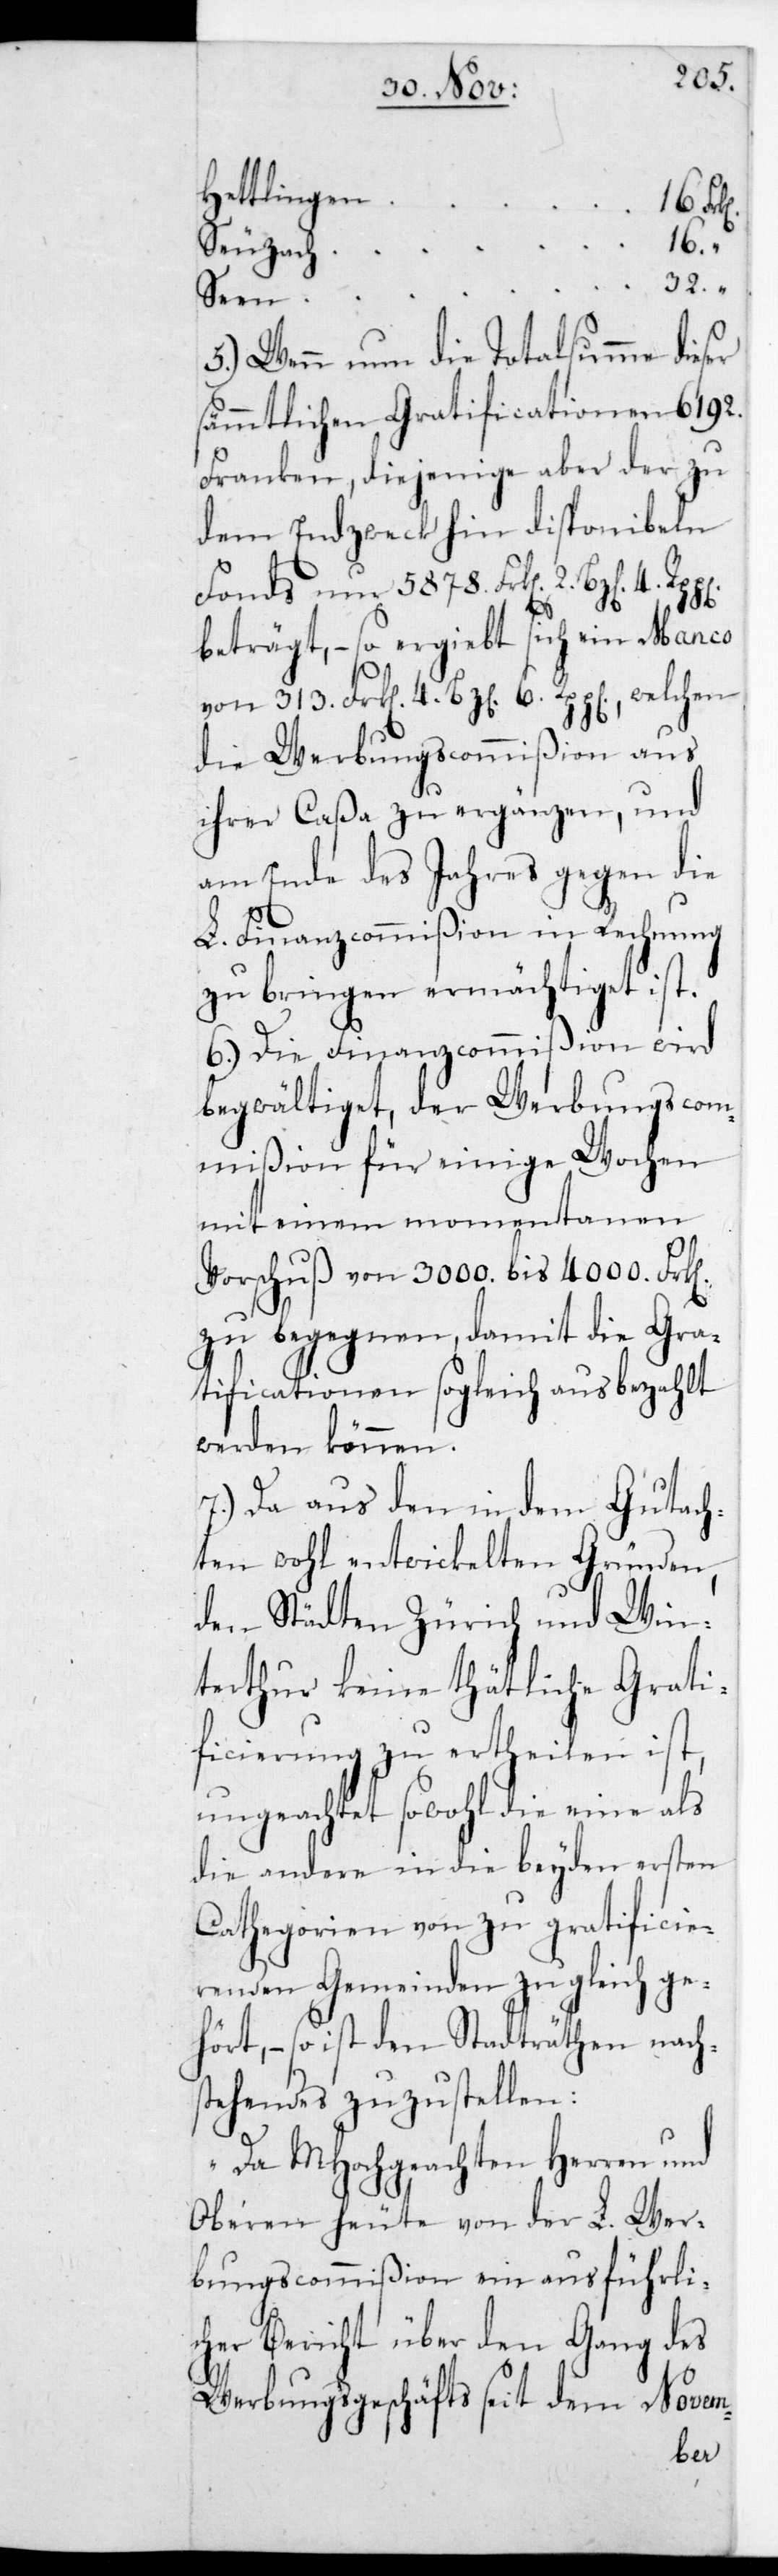
n]
Hettlingen
4.
6.
Seuzach
32.
Seen
5.) Wenn nun die Totalsumme dies¬
sämmtlichen Gratificationen 6192.
Franken, diejenige aber der zu
dem Endzweck hin disponibeln
Fonds nur 5878. Frk[en] 2. Bz[en] 4.
beträgt, – so ergiebt sich ein Manco
die Werbungscommißion aus
ihrer Caßa zu ergänzen, und
am Ende des Jahres gegen die
L. Finanzcommißion in Rechnung
zu bringen ermächtiget ist.
6.) Die Finanzcommißion wird
begwältiget, der Werbungscom¬
mißion für einige Wochen
mit einem momentanen
Vorschuß von 3000. bis 4000. Frk[e¬
zu begegnen, damit die Gra¬
tificationen sogleich ausbezahlt
werden können.
7.) Da aus den in dem Gutach¬
ten wohl entwickelten Gründen,
den Städten Zürich und Win¬
terthur keine thätliche Grati¬
ficierung zu ertheilen ist,
ungeachtet sowohl die eine als
die andere in die beyden ersten
Cathegorien von zu gratificie¬
renden Gemeinden zulgeich ge¬
hört, – so ist den Stadträthen Nach¬
stehendes zuzustellen:
„Da MHochgeachten Herren und
Oberen heute von der L. Wer¬
bungscommißion ein ausführli¬
cher Bericht über den Gang des
Werbungsgeschäfts seit dem Novem-
er